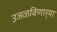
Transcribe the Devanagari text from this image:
उजळविणार्‍या